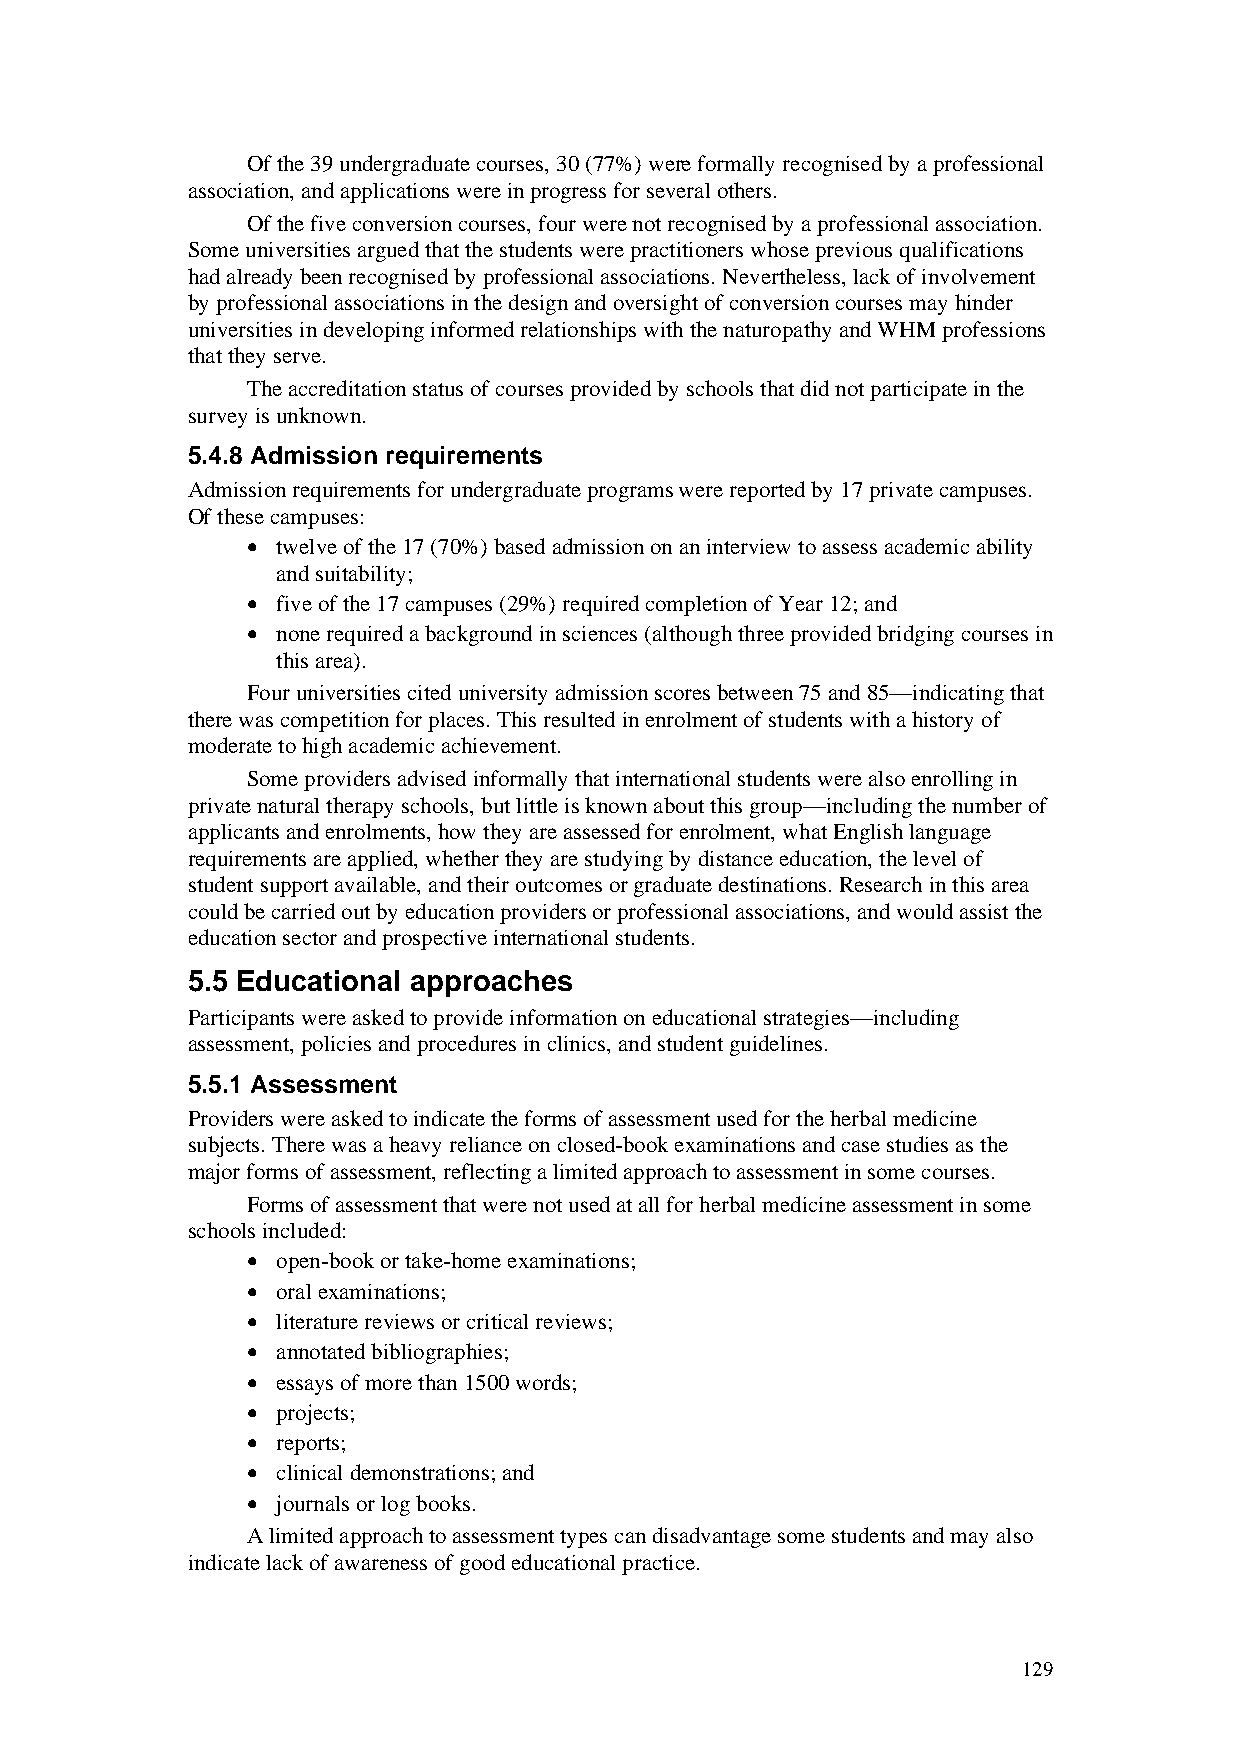
Of the 39 undergraduate courses, 30 (77%) were formally recognised by a professional
 association, and applications were in progress for several others.
 Of the five conversion courses, four were not recognised by a professional association.
 Some universities argued that the students were practitioners whose previous qualifications
 had already been recognised by professional associations. Nevertheless, lack of involvement
 by professional associations in the design and oversight of conversion courses may hinder
 universities in developing informed relationships with the naturopathy and WHM professions
 that they serve.
 The accreditation status of courses provided by schools that did not participate in the
 survey is unknown.
 5.4.8 Admission requirements
 Admission requirements for undergraduate programs were reported by 17 private campuses.
 Of these campuses:
 • twelve of the 17 (70%) based admission on an interview to assess academic ability
 and suitability;
 • five of the 17 campuses (29%) required completion of Year 12; and
 • none required a background in sciences (although three provided bridging courses in
 this area).
 Four universities cited university admission scores between 75 and 85—indicating that
 there was competition for places. This resulted in enrolment of students with a history of
 moderate to high academic achievement.
 Some providers advised informally that international students were also enrolling in
 private natural therapy schools, but little is known about this group—including the number of
 applicants and enrolments, how they are assessed for enrolment, what English language
 requirements are applied, whether they are studying by distance education, the level of
 student support available, and their outcomes or graduate destinations. Research in this area
 could be carried out by education providers or professional associations, and would assist the
 education sector and prospective international students.
 5.5 Educational approaches
 Participants were asked to provide information on educational strategies—including
 assessment, policies and procedures in clinics, and student guidelines.
 5.5.1 Assessment
 Providers were asked to indicate the forms of assessment used for the herbal medicine
 subjects. There was a heavy reliance on closed-book examinations and case studies as the
 major forms of assessment, reflecting a limited approach to assessment in some courses.
 Forms of assessment that were not used at all for herbal medicine assessment in some
 schools included:
 • open-book or take-home examinations;
 • oral examinations;
 • literature reviews or critical reviews;
 • annotated bibliographies;
 • essays of more than 1500 words;
 • projects;
 • reports;
 • clinical demonstrations; and
 • journals or log books.
 A limited approach to assessment types can disadvantage some students and may also
 indicate lack of awareness of good educational practice.
 129